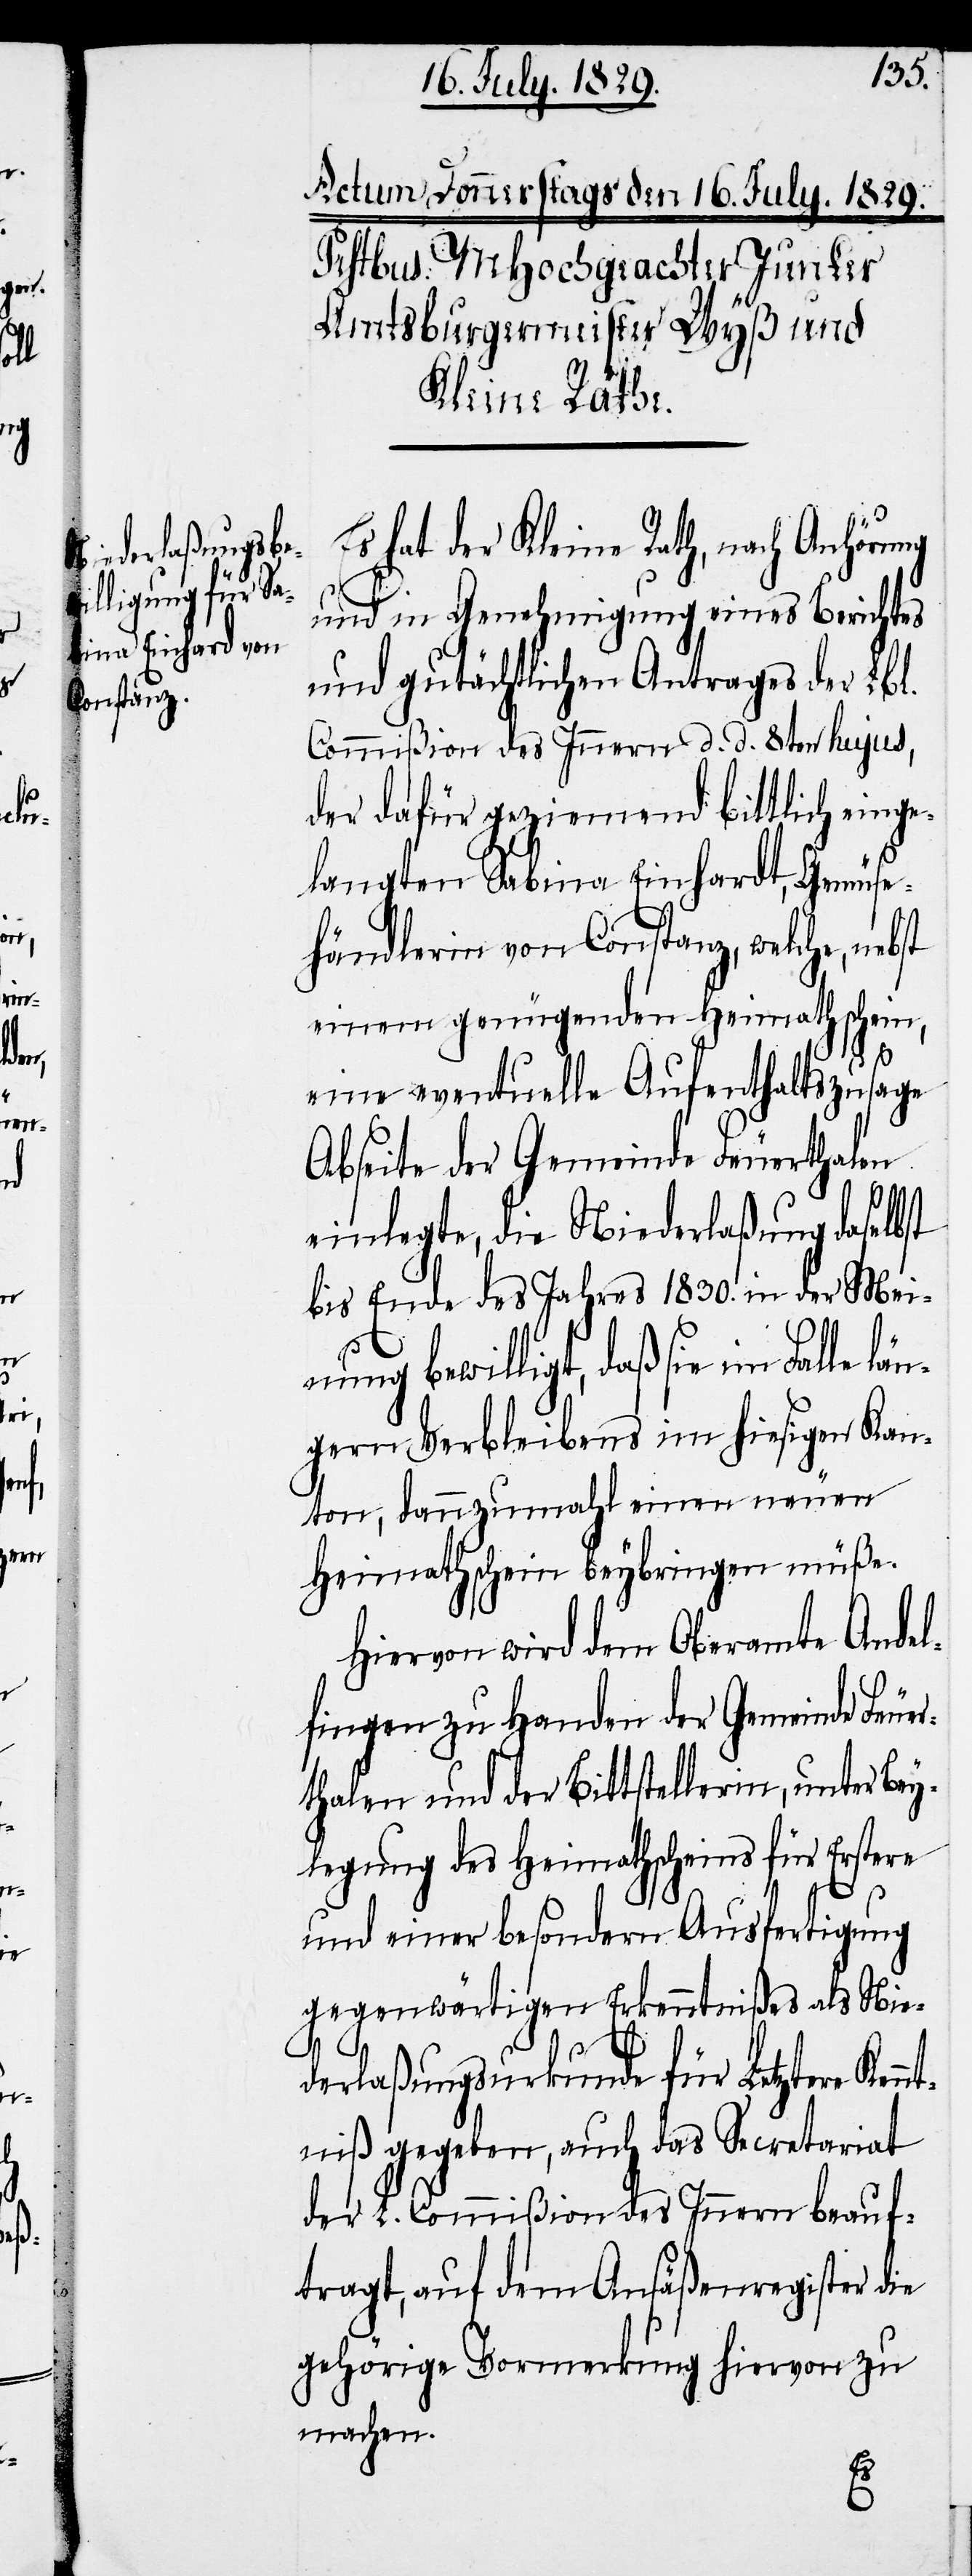
Gemüse¬

Es hat der Kleine Rath, nach Anhörung
und in Genehmigung eines Berichtes
und gutächtlichen Antrages der Lbl.
Commißion des Innern d. d. 8ten hujus,
der dafür geziemend bittlich einge¬
langten Sabina Einhardt [si¬
händlerin von Constanz, welche, neb¬
einem genügenden Heimathschein,
eine eventuelle Aufenthaltszusage
Abseite der Gemeinde Feuerthalen
st
einlegte, die Niederlaßung daselbst
bis Ende des Jahres 1830. in der Mei¬
c!],
nung bewilligt, daß sie im Falle län¬
gern Verbleibens im hiesigen Kan¬
ton, dannzumahl einen neuen
Heimathschein beybringen müße.
Hiervon wird dem Oberamte Andel¬
fingen zu Handen der Gemeinde Feue¬
rthalen und der Bittstellerin, unter Bey¬
legung des Heimathscheins für Erstere
und einer besondern Ausfertigung
gegenwärtigen Erkenntnißes als Nie¬
derlaßungsurkunde für Letztere Ken¬
ntniß gegeben, auch das Secretariat
der L. Commißion des Innern beauf¬
tragt, auf dem Ansäßenregister die
gehörige Vormerkung hiervon zu
machen.